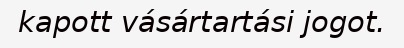
kapott vásártartási jogot.